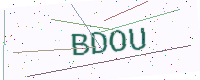
Text: BDOU